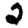
Digit: 2